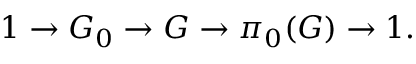
1 \to G _ { 0 } \to G \to \pi _ { 0 } ( G ) \to 1 .